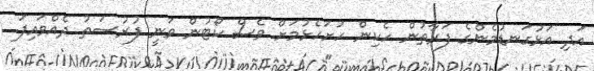
އަދި އަޅުގަނޑުމެންގެ ފަރާތުން ހެކިން ހުށަހެޅުމަށް ވެސް ކޯޓުން ވަނީ ފުރުސަތު ދެއްވައިފަ.